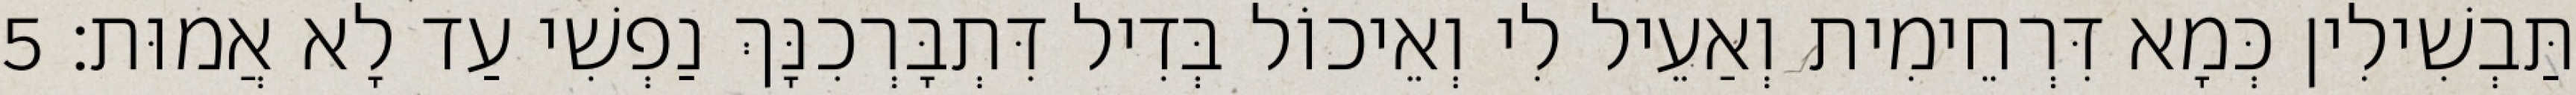
תַּבְשִׁילִין כְּמָא דִּרְחֵימִית וְאַעֵיל לִי וְאֵיכוֹל בְּדִיל דִּתְבָּרְכִנָּךְ נַפְשִׁי עַד לָא אֲמוּת׃ 5